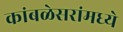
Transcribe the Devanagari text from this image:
कांबळेसरांमध्ये